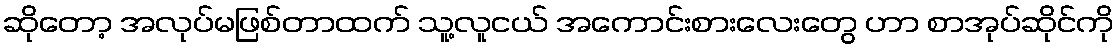
ဆိုတော့ အလုပ်မဖြစ်တာထက် သူ့လူငယ် အကောင်းစားလေးတွေ ဟာ စာအုပ်ဆိုင်ကို